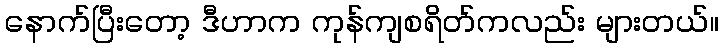
နောက်ပြီးတော့ ဒီဟာက ကုန်ကျစရိတ်ကလည်း များတယ်။